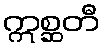
ဣစ္ဆတီ